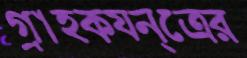
গ্রাহকযন্ত্রের